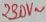
Text: 230V~